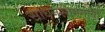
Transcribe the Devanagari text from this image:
साधनसामगीची